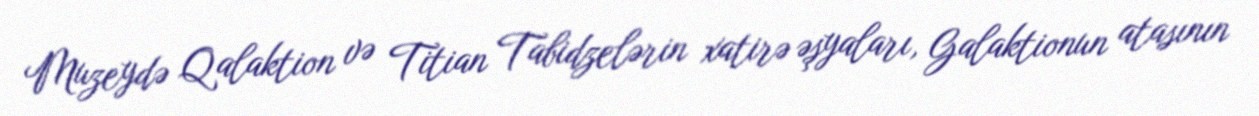
Muzeydə Qalaktion və Titian Tabidzelərin xatirə əşyaları, Galaktionun atasının